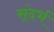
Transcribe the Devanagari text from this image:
स्ंदर्भ